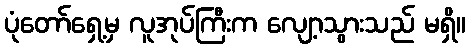
ပုံတော်ရှေ့မှ လူအုပ်ကြီးက လျော့သွားသည် မရှိ။